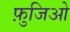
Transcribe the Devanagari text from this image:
फ़ुजिओ